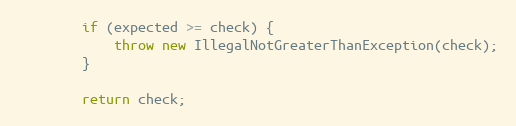
Language: Java
		if (expected >= check) {
			throw new IllegalNotGreaterThanException(check);
		}

		return check;